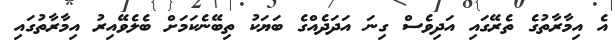
އެ އިމާރާތުގެ ތެރޭގައި އަދިވެސް ގިނަ އަދަދެއްގެ ބަޔަކު ތިބޭނެކަމަށް ބެލެވޭއިރު އިމާރާތުގައި